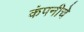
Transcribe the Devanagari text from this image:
कंपनीचेे